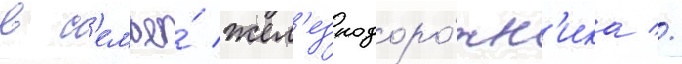
в с'емье́ жел'езнодоро́жн'ика //